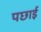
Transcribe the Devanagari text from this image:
पछाई